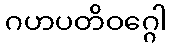
ဂဟပတိဝဂ္ဂေါ